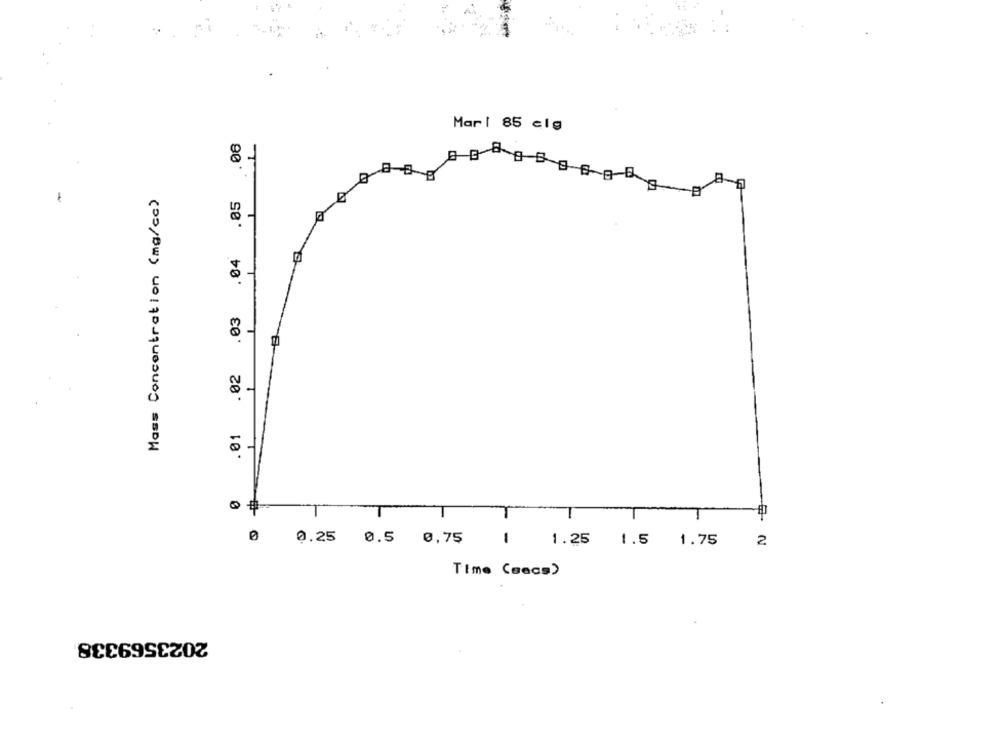
Mar1 85 clg
.08
Mass Concentration (mg/cc)
.05
.04
.03
.02
.01
-
- -
0 0.25 0.5 0,75
1.25 1.5 1.75
2
Time (secs)
2023569338